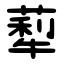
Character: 䔣